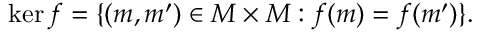
\ker f = \{ ( m , m ^ { \prime } ) \in M \times M : f ( m ) = f ( m ^ { \prime } ) \} { \mathrm { . } }